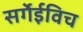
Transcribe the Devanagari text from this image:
सर्गेईविच